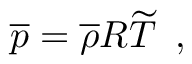
\overline { { p } } = { \overline { { \rho } } } R \widetilde { T } \, \mathrm { ~ , ~ }